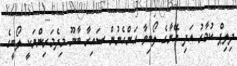
ދިލިޕް ކުމާރު އަދި އޭނާގެ ލޯބިވާ އަންހެނުން ސައިރާ ބާނޫ މިދެމަރިންނަކީ ލޯބީގެ